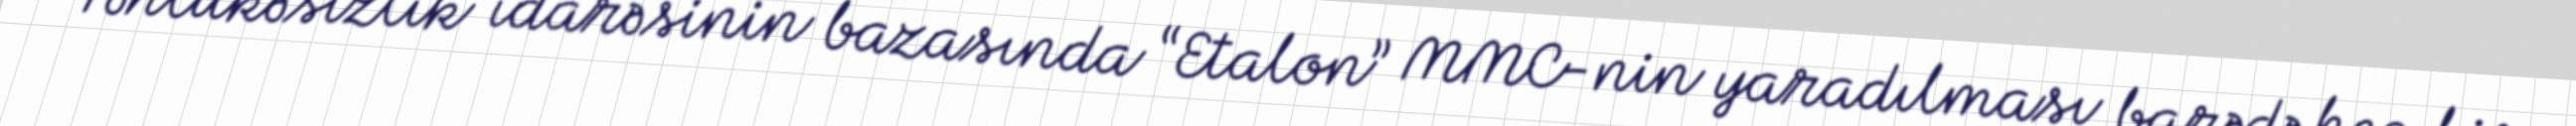
Təhlükəsizlik idarəsinin bazasında “Etalon” MMC-nin yaradılması barədə hec bir